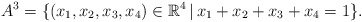
\begin{align*}A^3 = \{ (x_1, x_2, x_3, x_4) \in \mathbb R^4 \, | \, x_1 + x_2 + x_3 + x_4 = 1 \}.\end{align*}